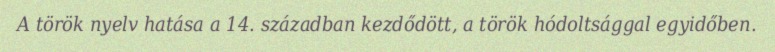
A török nyelv hatása a 14. században kezdődött, a török hódoltsággal egyidőben.